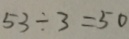
5 3 \div 3 = 5 0